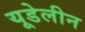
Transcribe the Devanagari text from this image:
यूडेलीन